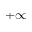
+ \infty